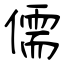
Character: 儒